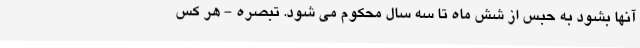
آنها بشود به حبس از شش ماه تا سه سال محکوم می‌ شود. تبصره - هر کس